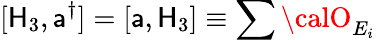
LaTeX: [\mathsf{H}_{3},\mathsf{a}^{\dagger}]=[\mathsf{a},\mathsf{H}_{3}]\equiv\sum{\calO}_{E_{i}}